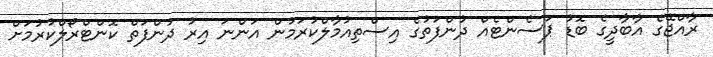
ރާއްޖޭގެ އާބާދީގެ ބޮޑު ޕަސެންޓެއް ދުންފަތުގެ އިސްތިއުމާލްކުރަމުން އަންނަ އިރު ދުންފަތް ކޮންޓްރޯލްކުރުމަށް